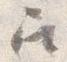
召